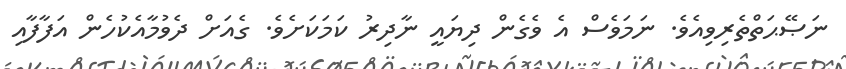
ނަޞޭޙަތްތެރިވިއެވެ. ނަމަވެސް އެ ވެގެން ދިޔައީ ނާދިރު ކަމަކަށެވެ. ގެއަށް ދެވުމާއެކުހެން އަފާފާއި